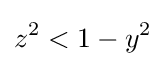
z^{2}<1-y^{2}